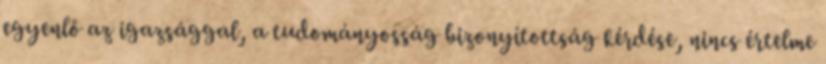
egyenlő az igazsággal, a tudományosság bizonyítottság kérdése, nincs értelme